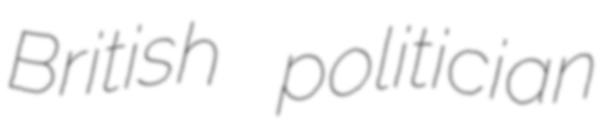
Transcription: British politician